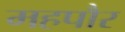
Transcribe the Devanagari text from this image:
महपौर